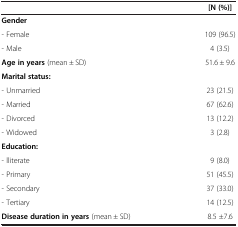
<table><thead><tr><td><b> </b></td><td><b>[N (%)]</b></td></tr></thead><tbody><tr><td><b>Gender</b></td><td> </td></tr><tr><td>- Female</td><td>109 (96.5)</td></tr><tr><td>- Male</td><td>4 (3.5)</td></tr><tr><td><b>Age in years</b> (mean ± SD)</td><td>51.6 ± 9.6</td></tr><tr><td><b>Marital status:</b></td><td> </td></tr><tr><td>- Unmarried</td><td>23 (21.5)</td></tr><tr><td>- Married</td><td>67 (62.6)</td></tr><tr><td>- Divorced</td><td>13 (12.2)</td></tr><tr><td>- Widowed</td><td>3 (2.8)</td></tr><tr><td><b>Education:</b></td><td> </td></tr><tr><td>- lliterate</td><td>9 (8.0)</td></tr><tr><td>- Primary</td><td>51 (45.5)</td></tr><tr><td>- Secondary</td><td>37 (33.0)</td></tr><tr><td>- Tertiary</td><td>14 (12.5)</td></tr><tr><td><b>Disease duration in years</b> (mean ± SD)</td><td>8.5 ±7.6</td></tr></tbody></table>